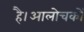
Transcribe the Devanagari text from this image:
है।आलोचकों